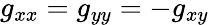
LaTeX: g_{xx}=g_{yy}=-g_{xy}